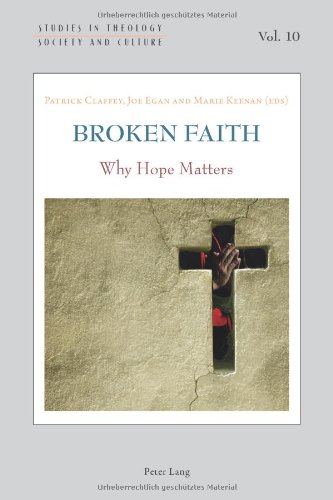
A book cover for Broken Faith: Why Hope Matters (Studies in Theology, Society and Culture); Christian Books & Bibles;